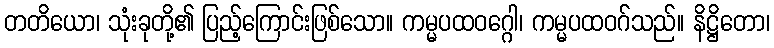
တတိယော၊ သုံးခုတို့၏ ပြည့်ကြောင်းဖြစ်သော။ ကမ္မပထဝဂ္ဂေါ၊ ကမ္မပထဝဂ်သည်။ နိဋ္ဌိတော၊